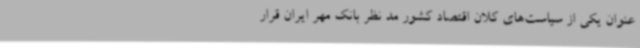
‌عنوان یکی از سیاست‌های کلان اقتصاد کشور مد نظر بانک مهر ایران قرار